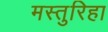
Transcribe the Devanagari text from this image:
मस्तुरिहा